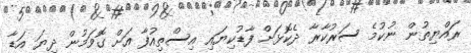
ރައްޔިތުން ނުކުމެ ސަރުކާރާ ދެކޮޅަށް ފާޑުކިޔައި އިސްތިއުފާ އަށް ގޮވަމުން ދިޔަ އަޑާ